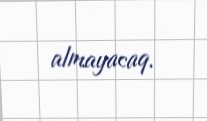
almayacaq.